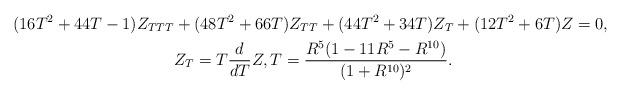
LaTeX: \begin{align*} (16 T^2+44 T-1)Z_{TTT} &+ (48 T^2+66 T)Z_{TT} + (44 T^2+34 T) Z_{T} + (12 T^2+6 T)Z = 0,\\ & Z_{T} = T \frac{d}{dT} Z, T = \frac{R^{5}(1 - 11R^{5} - R^{10})}{(1 + R^{10})^{2}}.\end{align*}